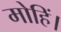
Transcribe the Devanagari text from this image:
मोहिं।